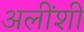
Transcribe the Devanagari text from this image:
अलींशी